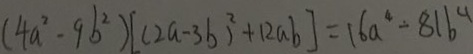
( 4 a ^ { 2 } - 9 b ^ { 2 } ) [ ( 2 a - 3 b ) ^ { 2 } + 1 2 a b ] = 1 6 a ^ { 4 } - 8 1 b ^ { 4 }